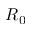
R _ { 0 }